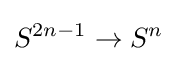
S^{2n-1}\to S^{n}